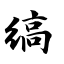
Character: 缟